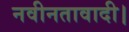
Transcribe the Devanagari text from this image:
नवीनतावादी।